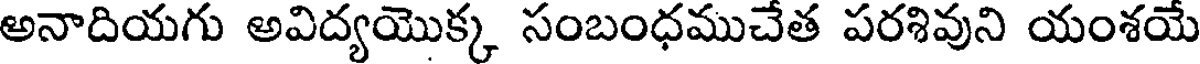
అనాదియగు అవిద్యయొక్క సంబంధముచేత పరశివుని యంశయే